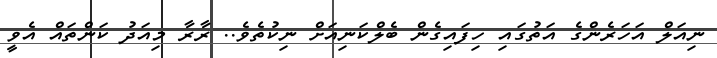
ނިއަލް އަހަރެންގެ އަތުގައި ހިފައިގެން ބެލްކަނިއަށް ނިކުތެވެ.. ރާރާ މިއަދު ކަންތައް އެވީ